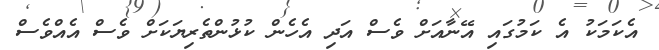
އެކަމަކު އެ ކަމުގައި އޭނާއަށް ވެސް އަދި އެހެން ކުޅުންތެރިޔަކަށް ވެސް އެއްވެސް